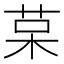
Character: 𰱅